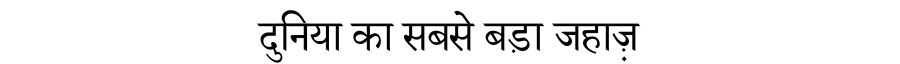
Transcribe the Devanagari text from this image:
दुनिया का सबसे बड़ा जहाज़़